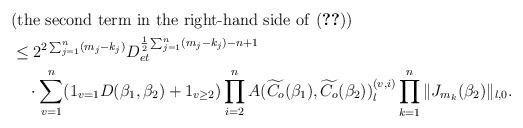
LaTeX: \begin{align*}&(\text{the second term in the right-hand side of \eqref{eq_tree_fixed_difference_decomposed}})\\&\le 2^{2\sum_{j=1}^n(m_j-k_j)}D_{et}^{\frac{1}{2}\sum_{j=1}^n(m_j-k_j)-n+1}\\&\quad\cdot\sum_{v=1}^n(1_{v=1}D(\beta_1,\beta_2)+1_{v\ge 2})\prod_{i=2}^nA(\widetilde{C_o}(\beta_1),\widetilde{C_o}(\beta_2))_l^{(v,i)}\prod_{k=1}^n\|J_{m_k}(\beta_2)\|_{l,0}.\end{align*}